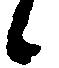
候